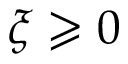
\xi \geqslant 0